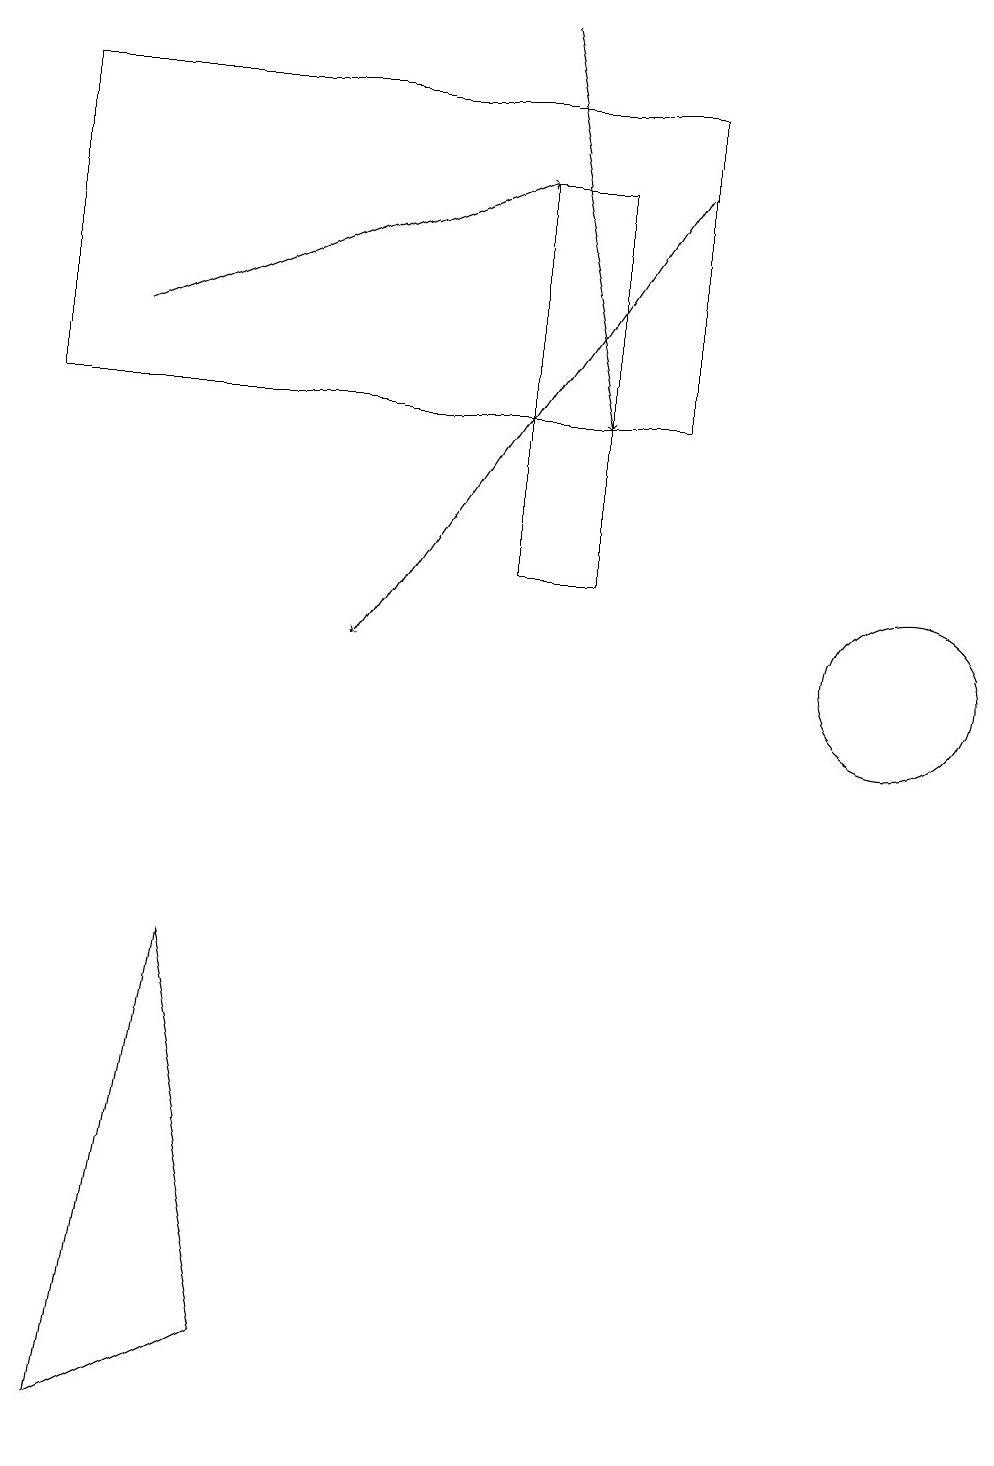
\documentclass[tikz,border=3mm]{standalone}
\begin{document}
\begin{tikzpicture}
\draw (1,14) rectangle (9,18);
\draw (3,7) -- (4,2) -- (2,1) -- cycle;
\draw (7,18) rectangle (1,18);
\draw (12,11) circle (1);
\draw[->] (9,17) -- (5,11);
\draw (8,17) rectangle (7,12);
\draw[->] (2,15) -- (7,17);
\draw[->] (7,19) -- (8,14);
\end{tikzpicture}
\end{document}